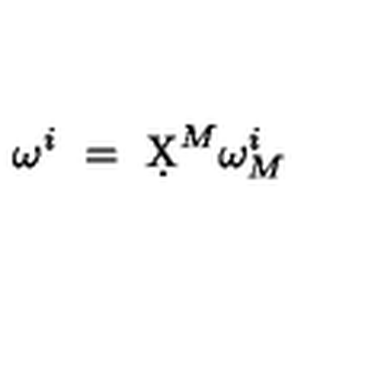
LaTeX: \omega ^ { i } \ = \ \d X ^ { M } \omega _ { M } ^ { i }